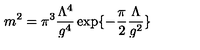
m ^ { 2 } = \pi ^ { 3 } \frac { \Lambda ^ { 4 } } { g ^ { 4 } } \exp \{ - \frac { \pi } { 2 } \frac { \Lambda } { g ^ { 2 } } \}